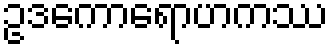
ဥဒကောရောဟကဿ